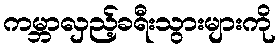
ကမ္ဘာလှည့်ခရီးသွားများကို